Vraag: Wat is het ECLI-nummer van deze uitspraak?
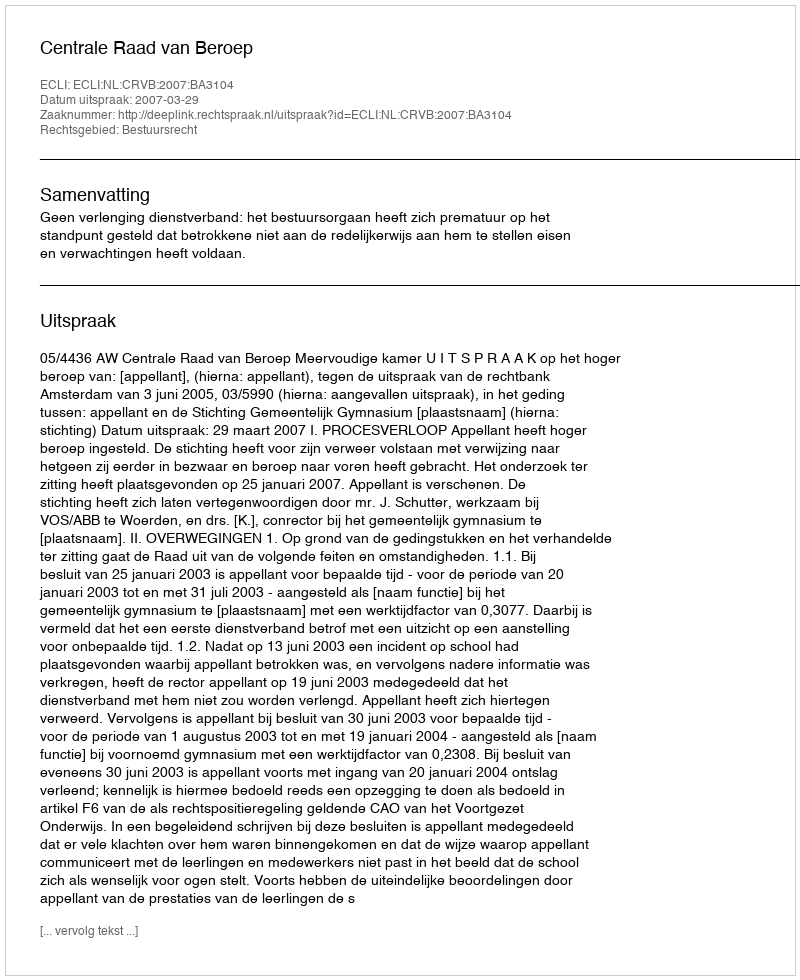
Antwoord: ECLI:NL:CRVB:2007:BA3104